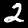
Digit: 2